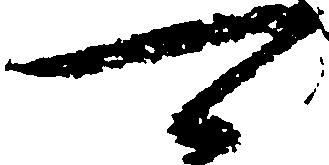
可